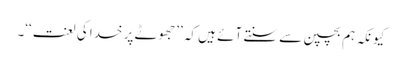
کیونکہ ہم بچپن سے سنتے آئے ہیں کہ ’’جھوٹے پر خدا کی لعنت‘‘۔